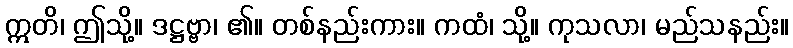
ဣတိ၊ ဤသို့။ ဒဋ္ဌဗ္ဗာ၊ ၏။ တစ်နည်းကား။ ကထံ၊ သို့။ ကုသလာ၊ မည်သနည်း။